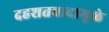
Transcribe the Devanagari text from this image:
दहशतवादामुळे